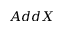
A d d X